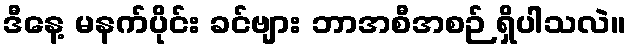
ဒီနေ့ မနက်ပိုင်း ခင်ဗျား ဘာအစီအစဉ် ရှိပါသလဲ။